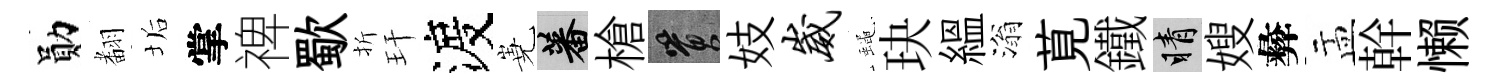
勛𮋒垢掌禆歜折玕渡嶤蕃槍篔妓崴蠅玦緼滃莧鐵睛嫂彜盂幹懒